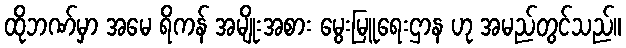
ထိုဘဏ်မှာ အမေ ရိကန် အမျိုးအစား မွေးမြူရေးဌာန ဟု အမည်တွင်သည်။